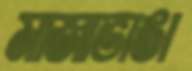
মাজাভাঙা